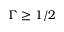
\Gamma \geq 1 / 2